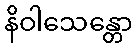
နိဝါသေန္တော